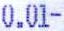
0.01-